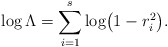
\begin{align*}\log\Lambda=\sum^{s}_{i=1}\log\bigl(1-r_i^2\bigr).\end{align*}